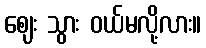
ဈေး သွား ဝယ်မလို့လား။